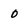
Character: 0